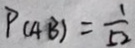
P ( A B ) = \frac { 1 } { 5 2 }